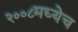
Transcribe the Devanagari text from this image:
२००८मध्येच